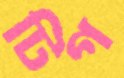
টিগ